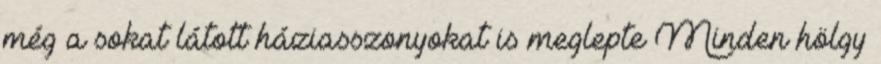
még a sokat látott háziasszonyokat is meglepte Minden hölgy